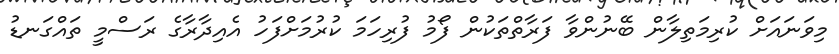
މިވަނައަށް ކުރިމަތިލާން ބޭނުންވާ ފަރާތްތަކުން ފޯމު ފުރިހަމަ ކުރުމަށްފަހު އެއިދާރާގެ ރަސްމީ ތައްގަނޑު